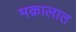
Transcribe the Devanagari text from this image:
मक़ालात